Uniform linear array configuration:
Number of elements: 24
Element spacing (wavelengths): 0.25
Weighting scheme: uniform
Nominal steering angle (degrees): -60
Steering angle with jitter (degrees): -61.143
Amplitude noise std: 0.05
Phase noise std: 0.05

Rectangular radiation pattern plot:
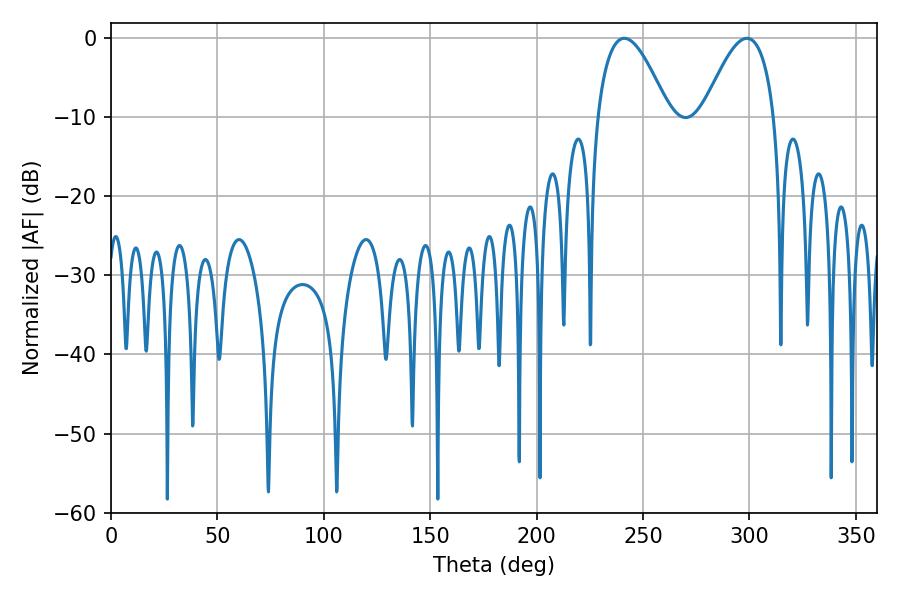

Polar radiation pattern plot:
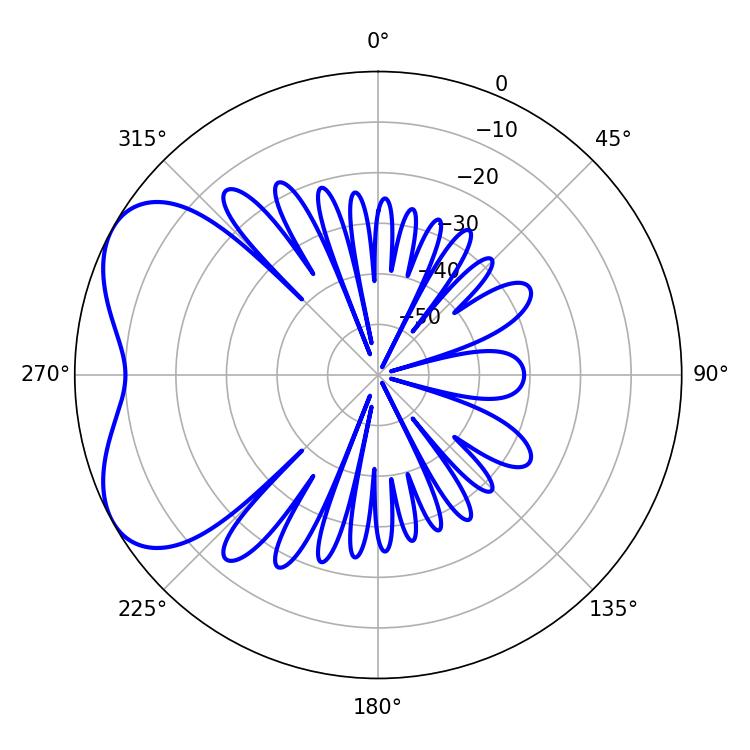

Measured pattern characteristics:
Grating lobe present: FALSE
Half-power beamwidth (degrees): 18.36
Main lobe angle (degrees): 241.2